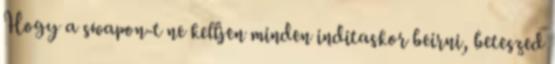
Hogy a swapon-t ne kelljen minden inditaskor beirni, beteszed